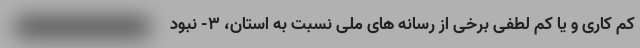
کم کاری و یا کم ­لطفی برخی از رسانه­ های ملی نسبت به استان، ۳- نبود